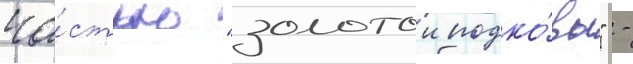
ча́стью "золотои подко́вы" -